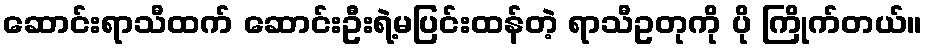
ဆောင်းရာသီထက် ဆောင်းဦးရဲ့မပြင်းထန်တဲ့ ရာသီဥတုကို ပို ကြိုက်တယ်။